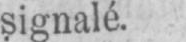
signalé.